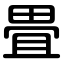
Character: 畳